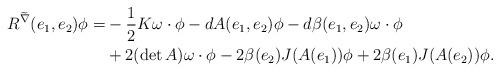
LaTeX: \begin{align*}R^{\widetilde\nabla}(e_1,e_2)\phi =&-\frac12 K \omega\cdot\phi -dA(e_1,e_2)\phi -d\beta(e_1,e_2)\omega\cdot\phi\\&+2(\det A)\omega\cdot\phi - 2 \beta(e_2)J(A(e_1))\phi + 2 \beta(e_1)J(A(e_2))\phi. \end{align*}